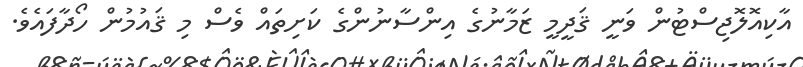
އާކިއޮލޮޖިސްޓުން ވަނީ ޤަދީމީ ޒަމާނުގެ އިންސާނުންގެ ކަށިތައް ވެސް މި ޤައުމުން ހޯދާފައެވެ.